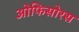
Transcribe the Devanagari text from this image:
ओफिसोरस